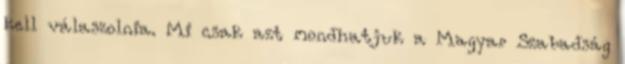
kell válaszolnia. Mi csak azt mondhatjuk a Magyar Szabadság